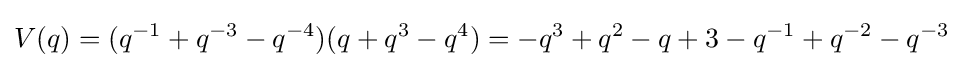
V(q)=(q^{-1}+q^{-3}-q^{-4})(q+q^{3}-q^{4})=-q^{3}+q^{2}-q+3-q^{-1}+q^{-2}-q^{-3}